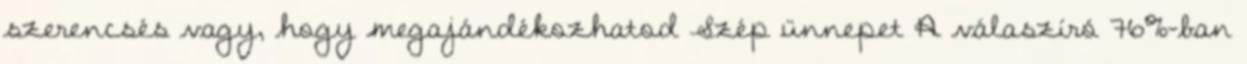
szerencsés vagy, hogy megajándékozhatod Szép ünnepet A válaszíró 76%-ban